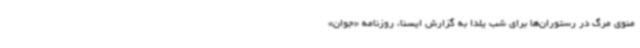
منوی مرگ در رستوران‌ها برای شب یلدا به گزارش ایسنا، روزنامه «جوان»